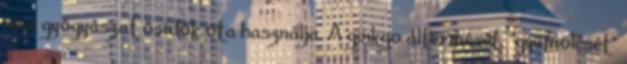
népi gyógyászat ősidők óta használja. A ginkgo áltermését, "gyümölcsét"